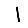
Digit: 1